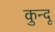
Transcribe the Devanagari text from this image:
कुन्दू